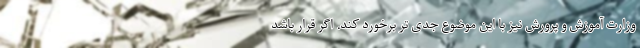
وزارت آموزش و پرورش نیز با این موضوع جدی تر برخورد کند. اگر قرار باشد